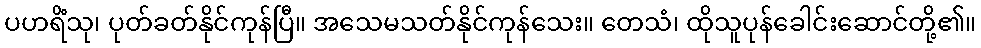
ပဟရိံသု၊ ပုတ်ခတ်နိုင်ကုန်ပြီ။ အသေမသတ်နိုင်ကုန်သေး။ တေသံ၊ ထိုသူပုန်ခေါင်းဆောင်တို့၏။